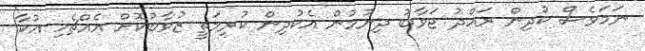
ނަމަވެސް ކުދިން ރައްދު ޖަވާބު ދިނުމުން އެކުދިން ކުރިމަތީ ޒުވާބުކޮށް އެއްޗެހި އުކާ